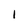
Character: 1